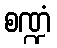
စဏ္ဍံ